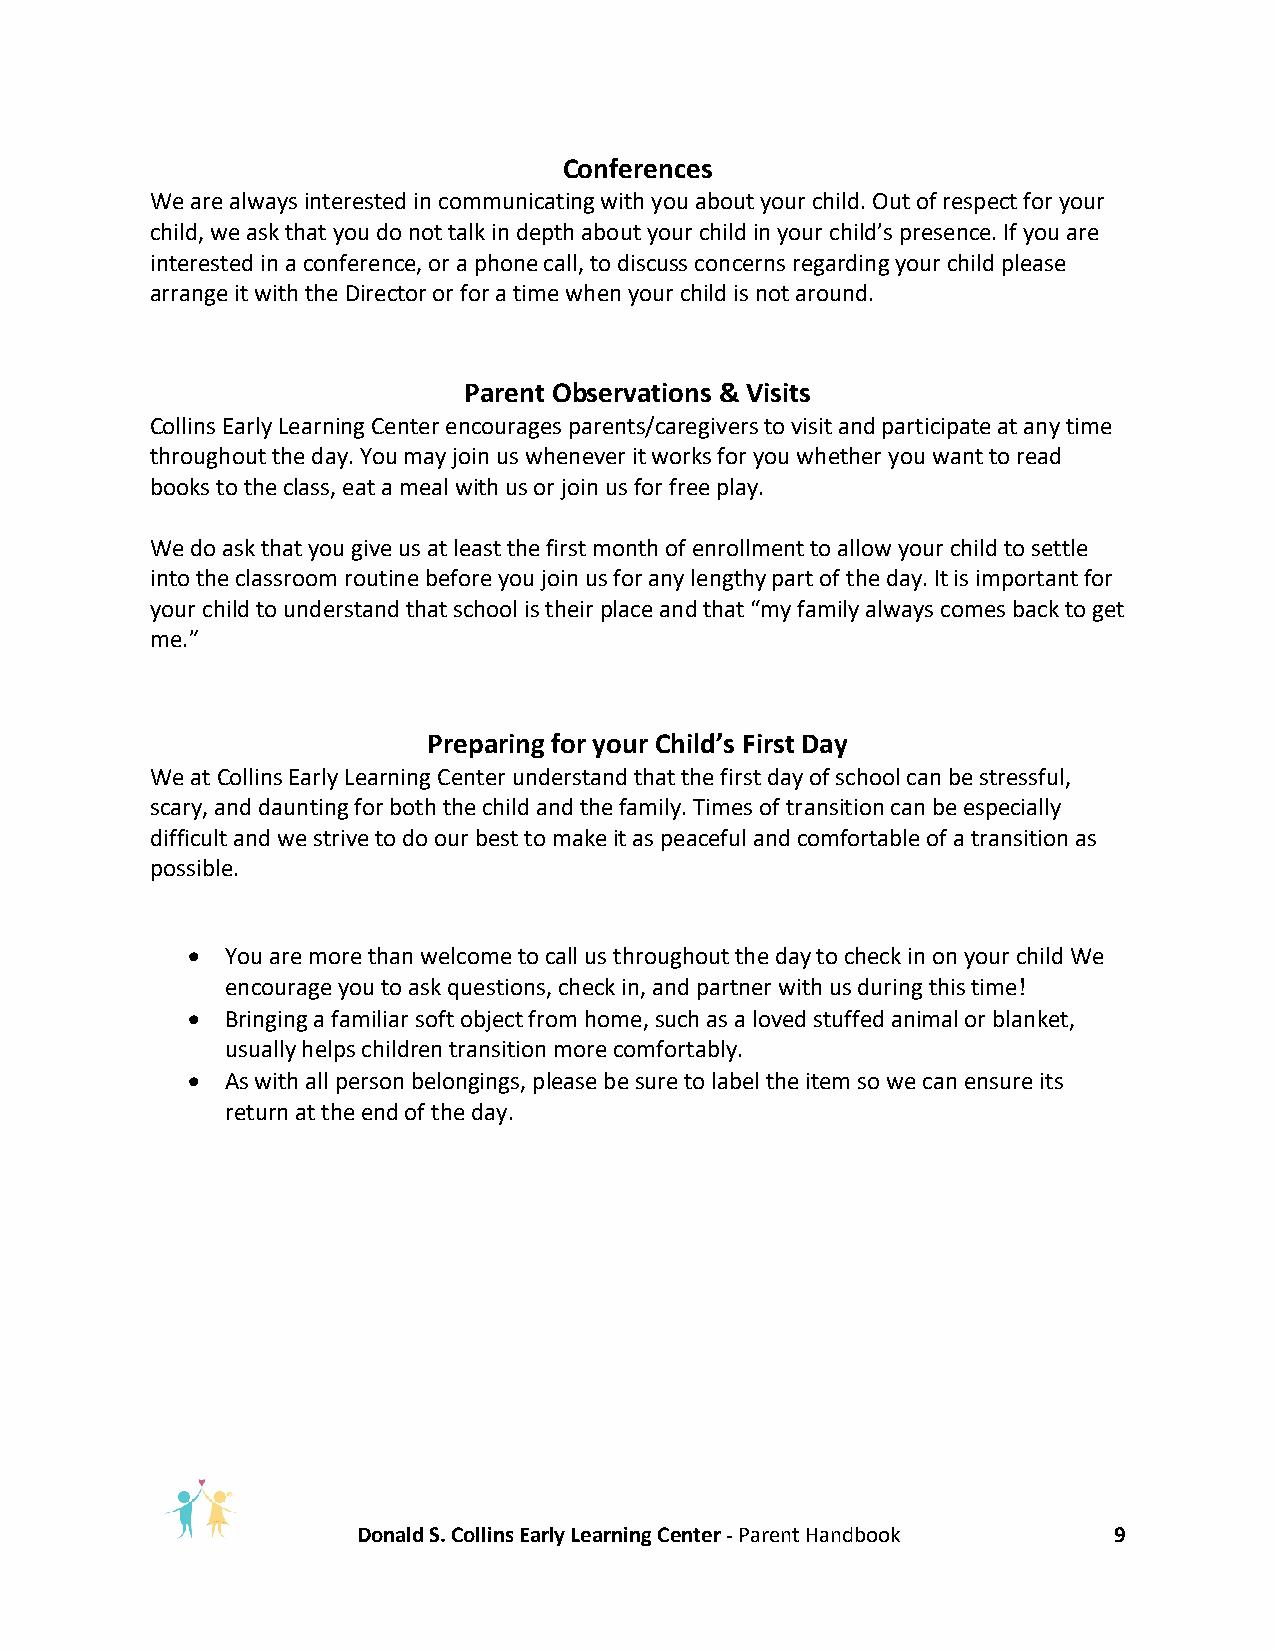
Conferences
 We are always interested in communicating with you about your child. Out of respect for your
 child, we ask that you do not talk in depth about your child in your child’s presence. If you are
 interested in a conference, or a phone call, to discuss concerns regarding your child please
 arrange it with the Director or for a time when your child is not around.
 Parent Observations & Visits
 Collins Early Learning Center encourages parents/caregivers to visit and participate at any time
 throughout the day. You may join us whenever it works for you whether you want to read
 books to the class, eat a meal with us or join us for free play.
 We do ask that you give us at least the first month of enrollment to allow your child to settle
 into the classroom routine before you join us for any lengthy part of the day. It is important for
 your child to understand that school is their place and that “my family always comes back to get
 me.”
 Preparing for your Child’s First Day
 We at Collins Early Learning Center understand that the first day of school can be stressful,
 scary, and daunting for both the child and the family. Times of transition can be especially
 difficult and we strive to do our best to make it as peaceful and comfortable of a transition as
 possible.
 •  You are more than welcome to call us throughout the day to check in on your child We
 encourage you to ask questions, check in, and partner with us during this time!
 •  Bringing a familiar soft object from home, such as a loved stuffed animal or blanket,
 usually helps children transition more comfortably.
 •  As with all person belongings, please be sure to label the item so we can ensure its
 return at the end of the day.
 Donald S. Collins Early Learning Center - Parent Handbook 9